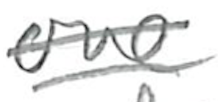
Text: one
Cross-out: double-line
Writing tool: pencil